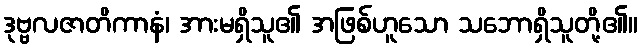
ဒုဗ္ဗလဇာတိကာနံ၊ အားမရှိသူ၏ အဖြစ်ဟူသော သဘောရှိသူတို့၏။